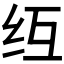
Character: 𫄚